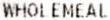
WHOLEMEAL